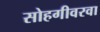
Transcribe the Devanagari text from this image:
सोहगीवरवा